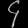
Digit: ၄